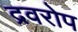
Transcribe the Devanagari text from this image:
द्रवरोप